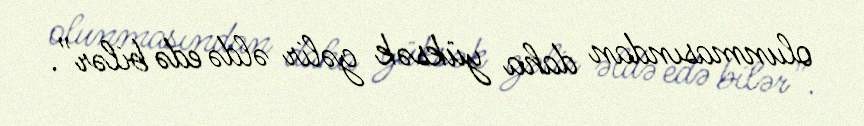
olunmasından daha yüksək gəlir əldə edə bilər”.